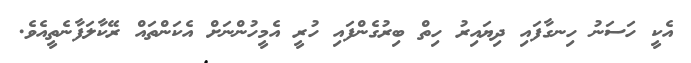
އެކީ ހަސަނު ހިނގާފައި ދިޔައިރު ހިތް ބިރުގެންފައި ހުރީ އެމީހުންނަށް އެކަންތައް ރޭކާލަފާނެތީއެވެ.